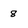
Character: 8